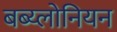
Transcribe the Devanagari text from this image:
बब्य्लोनियन